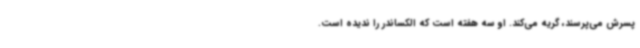
پسرش می‌پرسند، گریه می‌کند. او سه هفته است که الکساندر را ندیده است.